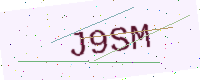
Text: J9SM